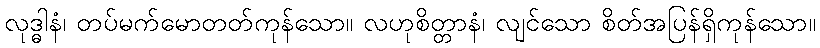
လုဒ္ဓါနံ၊ တပ်မက်မောတတ်ကုန်သော။ လဟုစိတ္တာနံ၊ လျင်သော စိတ်အပြန်ရှိကုန်သော။